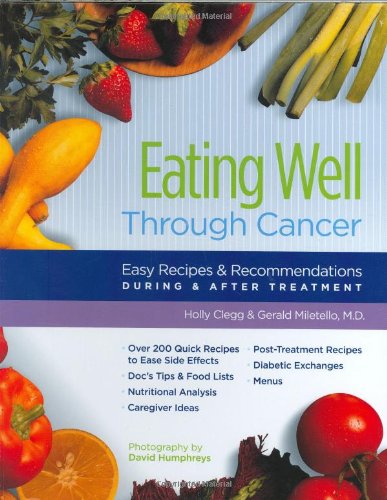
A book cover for Eating Well Through Cancer: Easy Recipes & Recommendations During & After Treatment; Holly Clegg; Cookbooks, Food & Wine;